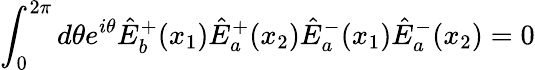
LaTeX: \int_{0}^{2\pi}d\theta e^{i\theta}\hat{E}_{b}^{+}(x_{1})\hat{E}_{a}^{+}(x_{2})\hat{E}_{a}^{-}(x_{1})\hat{E}_{a}^{-}(x_{2})=0